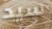
سيد